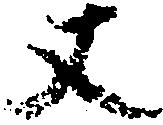
丈